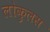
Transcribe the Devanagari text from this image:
लोकुलस